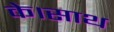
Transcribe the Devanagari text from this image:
के।साथ